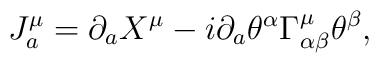
J^{\mu}_{a} = \partial_{a} X^{\mu} - i \partial_{a} \theta^{\alpha}\Gamma^{\mu}_{\alpha \beta} \theta^{\beta},